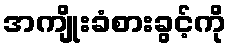
အကျိုးခံစားခွင့်ကို